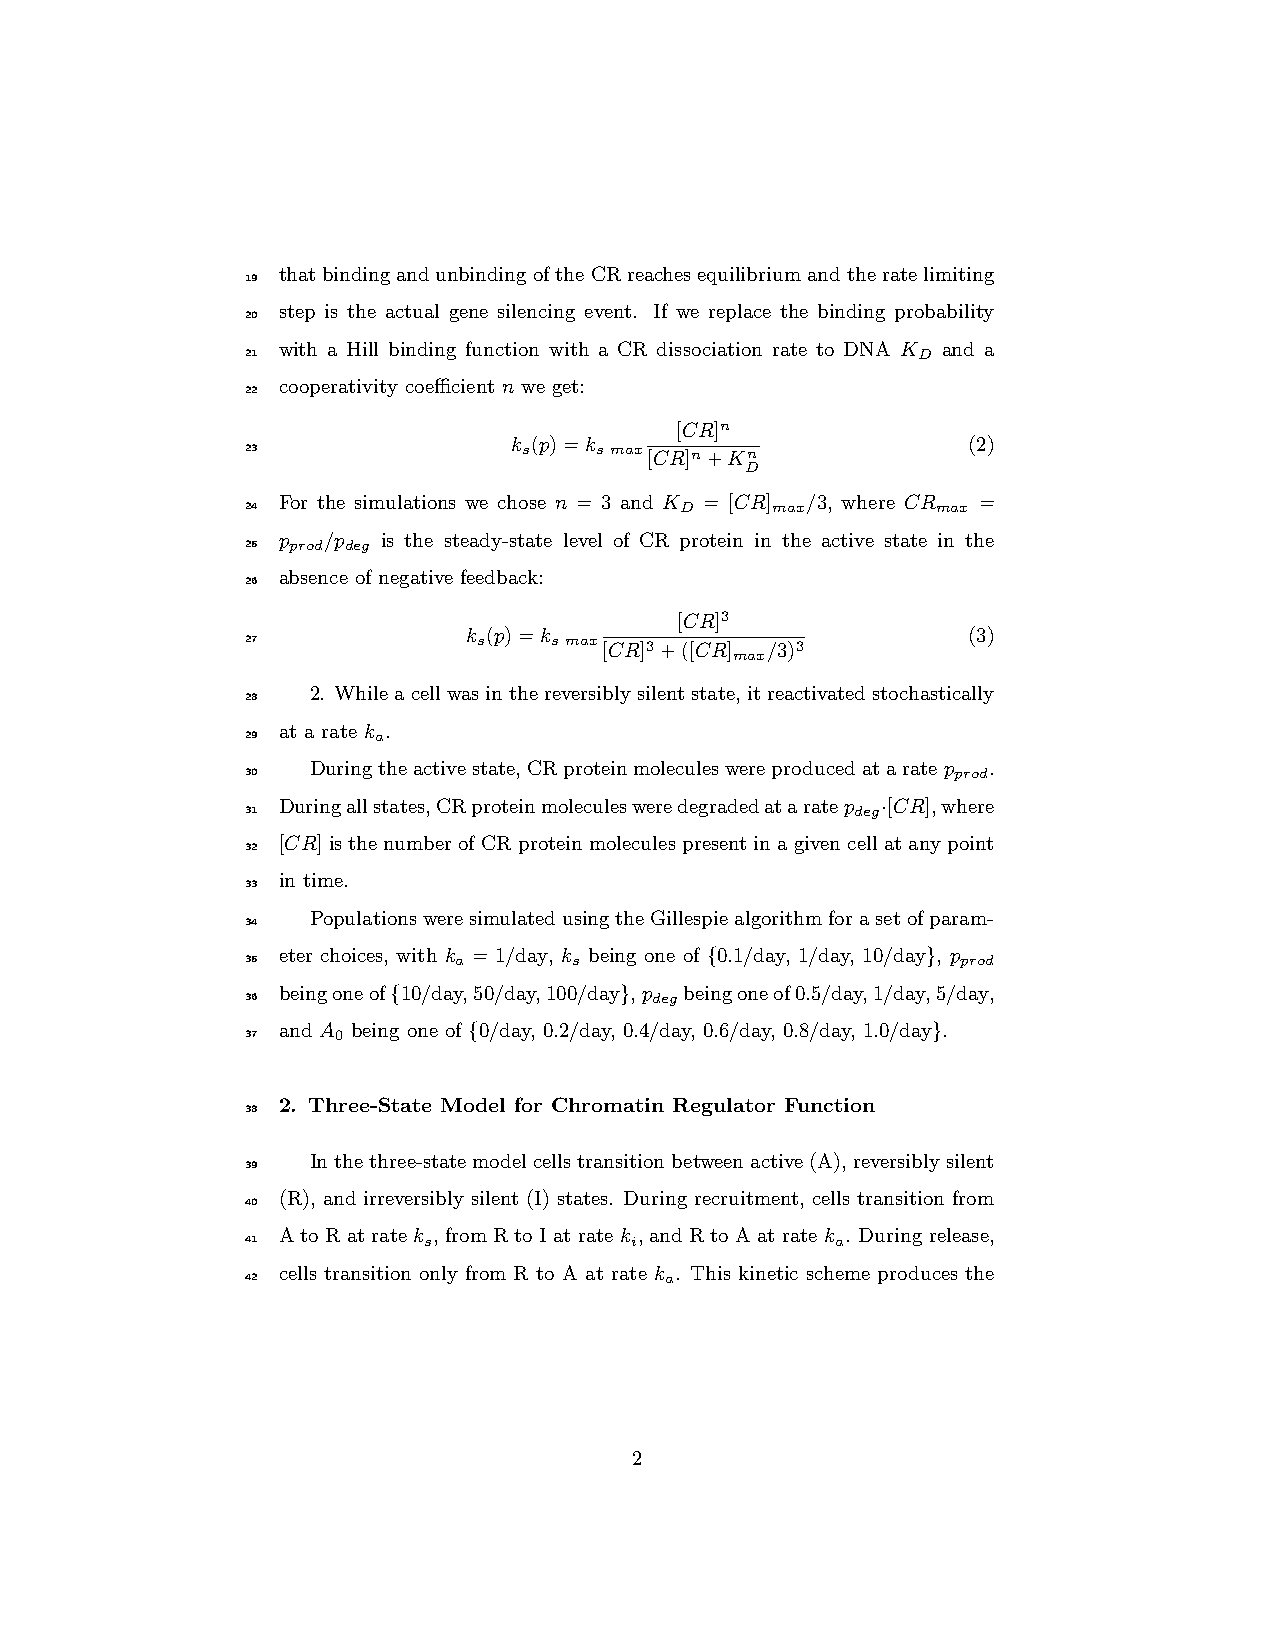
thatbindingandunbindingoftheCRreachesequilibriumandtheratelimiting
 19
 step is the actual gene silencing event. If we replace the binding probability
 20
 with a Hill binding function with a CR dissociation rate to DNA K and a
 21                                           D
 cooperativity coefficient n we get:
 22
 [CR]n
 k (p)=k                       (2)
 23                 s   s max[CR]n+Kn
 D
 For the simulations we chose n = 3 and K = [CR] /3, where CR =
 24                           D     max        max
 p  /p  is the steady-state level of CR protein in the active state in the
 25 prod deg
 absence of negative feedback:
 26
 [CR]3
 k (p)=k                          (3)
 27              s   s max[CR]3+([CR] /3)3
 max
 2. Whileacellwasinthereversiblysilentstate,itreactivatedstochastically
 28
 at a rate k .
 29       a
 Duringtheactivestate,CRproteinmoleculeswereproducedataratep .
 30                                             prod
 Duringallstates,CRproteinmoleculesweredegradedataratep ·[CR],where
 31                                       deg
 [CR] is the number of CR protein molecules present in a given cell at any point
 32
 in time.
 33
 PopulationsweresimulatedusingtheGillespiealgorithmforasetofparam-
 34
 eter choices, with k = 1/day, k being one of {0.1/day, 1/day, 10/day}, p
 35            a       s                         prod
 beingoneof{10/day,50/day,100/day},p beingoneof0.5/day,1/day,5/day,
 36                         deg
 and A being one of {0/day, 0.2/day, 0.4/day, 0.6/day, 0.8/day, 1.0/day}.
 37    0
 2. Three-State Model for Chromatin Regulator Function
 38
 Inthethree-statemodelcellstransitionbetweenactive(A),reversiblysilent
 39
 (R), and irreversibly silent (I) states. During recruitment, cells transition from
 40
 AtoRatratek , fromRtoIatratek , andRtoAatratek . Duringrelease,
 41          s             i            a
 cells transition only from R to A at rate k . This kinetic scheme produces the
 42                          a
 2